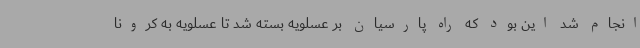
انجام شد این بود که راه پارسیان بر عسلویه بسته شد تا عسلویه به کرونا